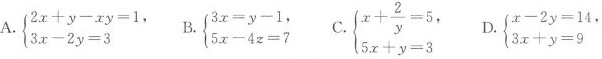
A. $$\left\{ \begin{matrix} 2x+y-xy=1, \\ 3x-2y=3 \end{matrix} \right.$$ B. $$\left\{ \begin{matrix} 3x=y-1, \\ 5x-4z=7 \end{matrix} \right.$$ C. $$\left\{ \begin{matrix} x+ \frac{2}{y}=5, \\ 5x+y=3 \end{matrix}\right.$$ D. $$\left\{ \begin{matrix} x-2y=14, \\ 3x+y=9 \end{matrix} \right.$$